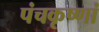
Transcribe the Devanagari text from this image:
पंचकृष्णां